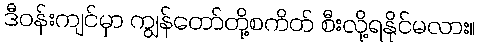
ဒီဝန်းကျင်မှာ ကျွန်တော်တို့စကိတ် စီးလို့ရနိုင်မလား။